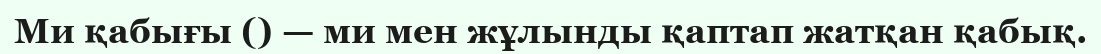
Ми қабығы () — ми мен жұлынды қаптап жатқан қабық.